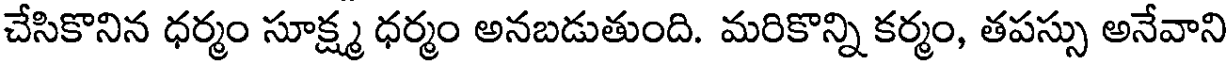
చేసికొనిన ధర్మం సూక్ష్మ ధర్మం అనబడుతుంది. మరికొన్ని కర్మం, తపస్సు అనేవాని